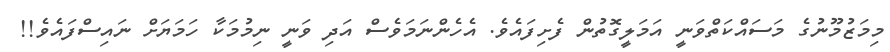
މިމަޒުމޫނުގެ މަސައްކަތްވަނީ އަމަލީގޮތުން ފެށިފައެވެ. އެހެންނަމަވެސް އަދި ވަނީ ނިމުމަކާ ހަމަޔަށް ނައިސްފައެވެ!!